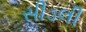
સીડલી